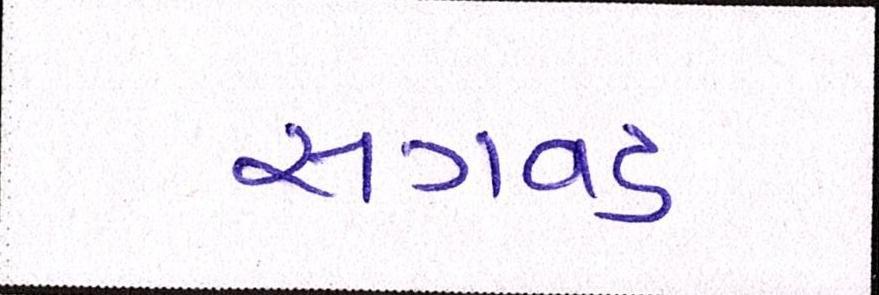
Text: સગવડ